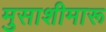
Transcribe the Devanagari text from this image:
मुसाशीमारू